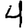
Digit: 4